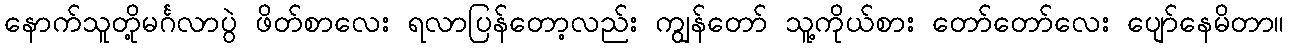
နောက်သူတို့မင်္ဂလာပွဲ ဖိတ်စာလေး ရလာပြန်တော့လည်း ကျွန်တော် သူ့ကိုယ်စား တော်တော်လေး ပျော်နေမိတာ။